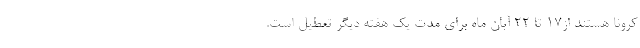
کرونا هستند از۱۷ تا ۲۲ آبان ماه برای مدت یک هفته دیگر تعطیل است.